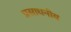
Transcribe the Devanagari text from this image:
प्रसाधनीय